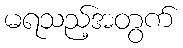
မရသည့်အတွက်